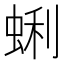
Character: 蜊